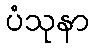
ပံသုနာ